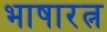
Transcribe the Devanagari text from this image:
भाषारत्न